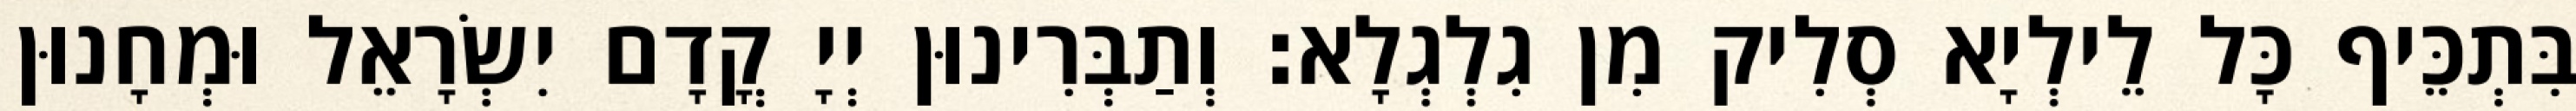
בִּתְכֵּיף כָּל לֵילְיָא סְלִיק מִן גִלְגְלָא׃ וְתַבְּרִינוּן יְיָ קֳדָם יִשְׂרָאֵל וּמְחָנוּן